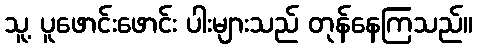
သူ့ ပူဖောင်းဖောင်း ပါးများသည် တုန်နေကြသည်။